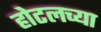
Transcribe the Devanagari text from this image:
होटलच्या